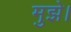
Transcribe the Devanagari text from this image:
मुझे।